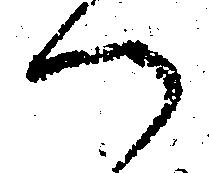
へ